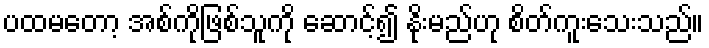
ပထမတော့ အစ်ကိုဖြစ်သူကို ဆောင့်၍ နိုးမည်ဟု စိတ်ကူးသေးသည်။